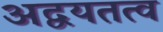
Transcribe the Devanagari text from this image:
अद्वयतत्व